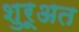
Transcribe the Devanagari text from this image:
शुरूअत